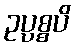
ဥပ္ပစ္စပိ